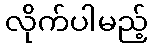
လိုက်ပါမည့်